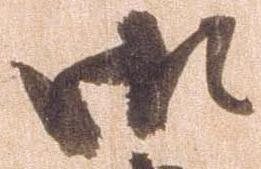
御